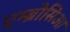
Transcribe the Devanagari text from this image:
एम्ब्रोसिआ